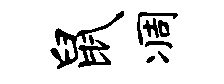
鼠凋